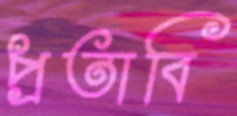
প্রতাবি